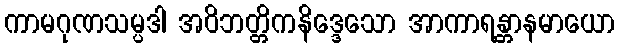
ကာမဂုဏသမ္ပဒါ အဝိဘတ္တိကနိဒ္ဒေသော အာကာရန္တာနမာယော